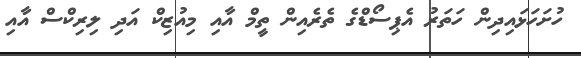
ހުށަހަޅައިދިން ހަތަރު އެޕިސޯޑްގެ ތެރެއިން ތީމް އާއި މިއުޒިކް އަދި ލިރިކްސް އާއި